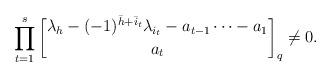
LaTeX: \begin{align*} \prod_{t=1}^{{s}} {\lambda_{h}-(-1)^{{\bar h}+{\bar i_t}}\lambda_{i_t}-a_{t-1}\cdots-a_1 \brack a_t}_q\neq 0.\end{align*}